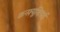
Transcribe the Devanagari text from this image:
कन्फ़्यूशियाई